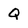
Character: Q